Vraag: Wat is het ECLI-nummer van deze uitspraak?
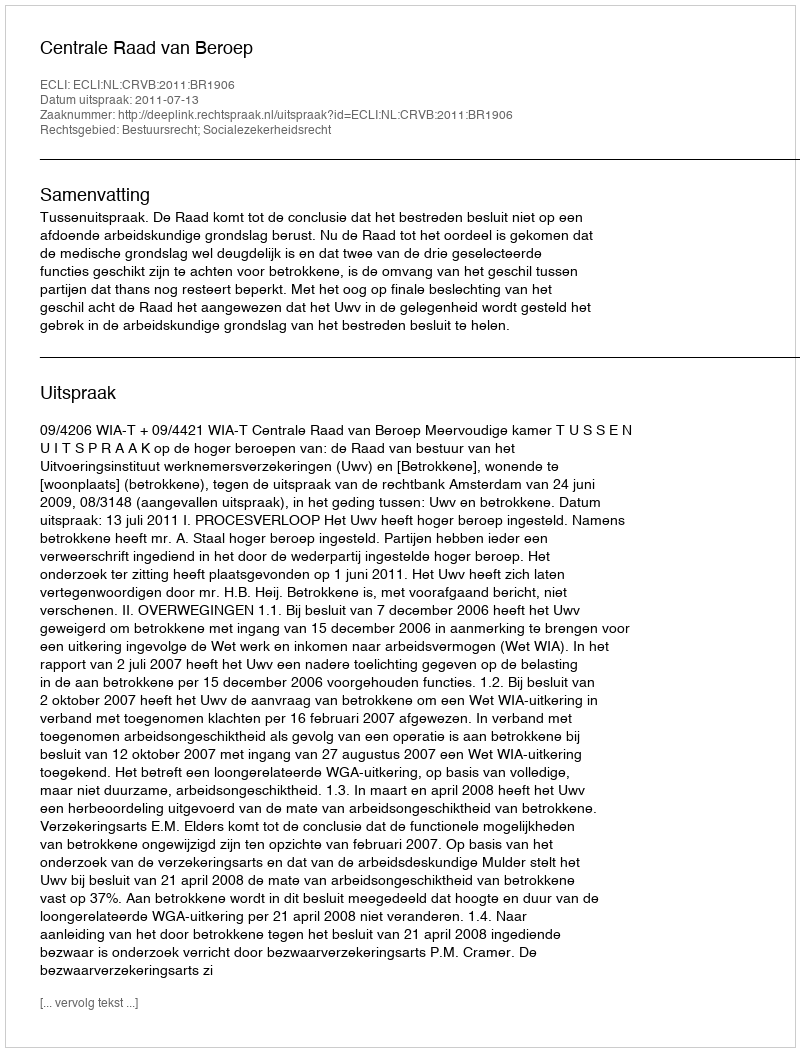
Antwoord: ECLI:NL:CRVB:2011:BR1906